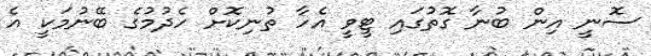
ސޮނީ އިން ބުނާ ގޮތުގައި ޓީވީ އެހާ ތުނިކޮށް ހެދުމުގެ ބޭނުމަކީ އެ